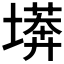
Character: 𭏫